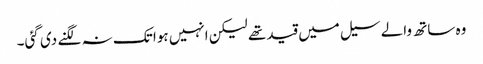
وہ ساتھ والے سیل میں قید تھے لیکن انہیں ہوا تک نہ لگنے دی گئی۔